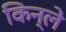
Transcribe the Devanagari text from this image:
किन्ले